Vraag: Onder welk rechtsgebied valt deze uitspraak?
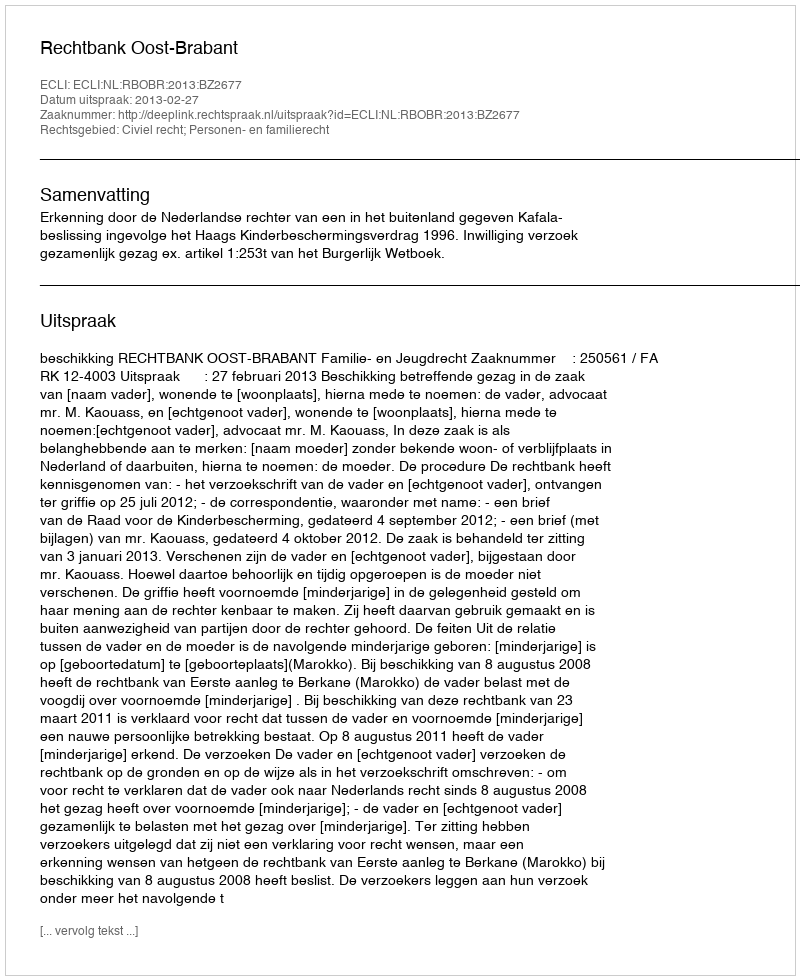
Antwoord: Civiel recht; Personen- en familierecht